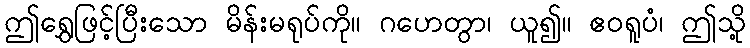
ဤရွှေဖြင့်ပြီးသော မိန်းမရုပ်ကို။ ဂဟေတွာ၊ ယူ၍။ ဧဝရူပံ၊ ဤသို့